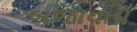
બજાવતો